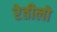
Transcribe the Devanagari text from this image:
रेतीलो